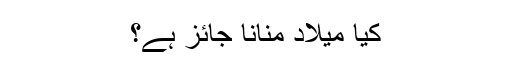
کیا ميلاد منانا جائز ہے؟